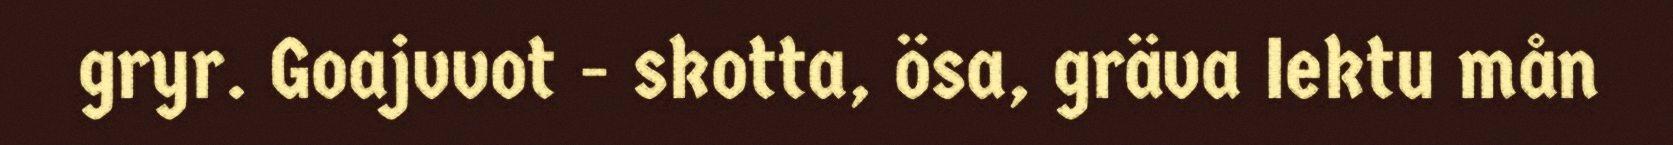
gryr. Goajvvot - skotta, ösa, gräva Iektu mån